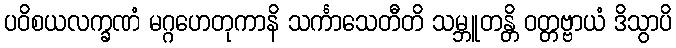
ပဝိစယလက္ခဏံ မဂ္ဂဟေတုကာနိ သင်္ကာသေတီတိ သမ္ဘူတန္တိ ဝတ္တဗ္ဗာယံ ဒိသွာပိ